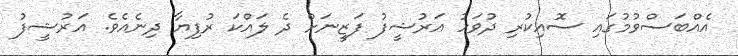
އެއްބަސްވުމުގައި ސޮއިކުރި ދުވަހު އަރުޝީފު ފަޒީނަށް ދެ ލައްކަ ރުފިޔާ ދިނެއެވެ. އަރުޝީފު